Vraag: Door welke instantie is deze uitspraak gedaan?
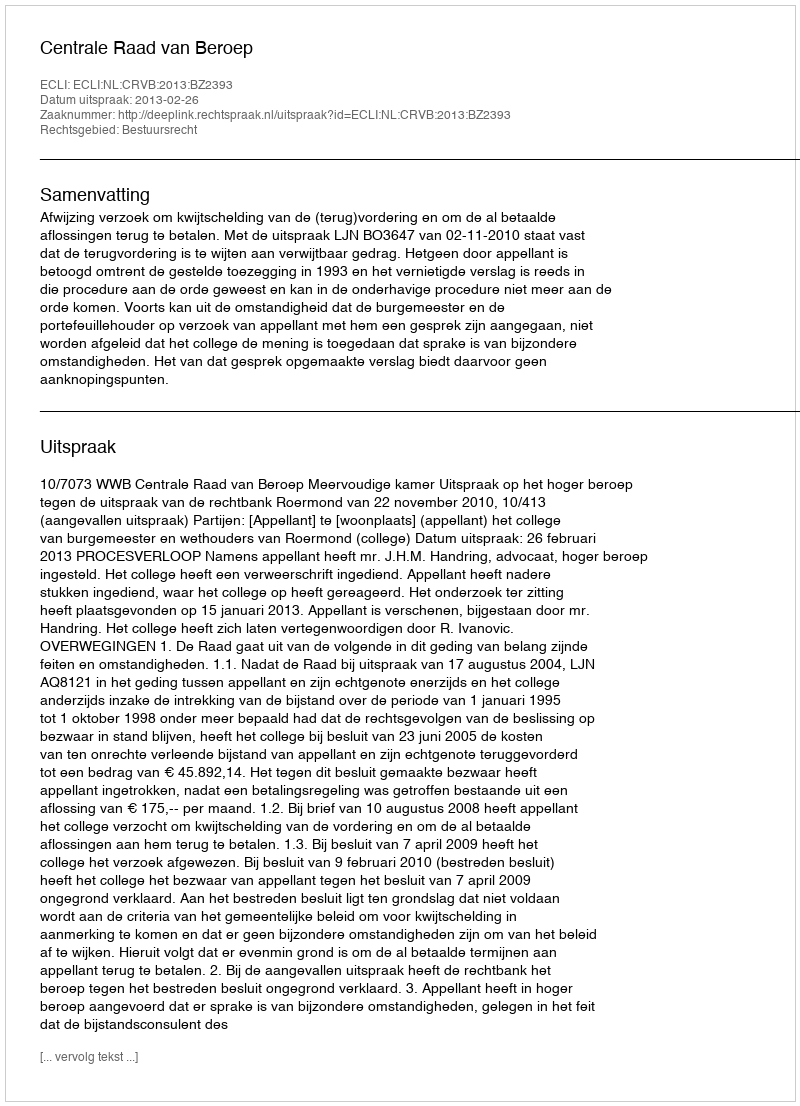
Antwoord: Centrale Raad van Beroep